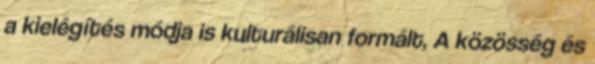
a kielégítés módja is kulturálisan formált, A közösség és